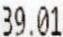
39.01